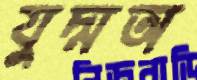
যুদ্মঅ